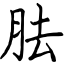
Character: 胠